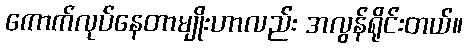
ကောက်လုပ်နေတာမျိုးဟာလည်း အလွန်ရိုင်းတယ်။